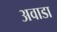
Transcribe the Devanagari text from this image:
अवाडा